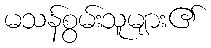
မသန်စွမ်းသူများ၏